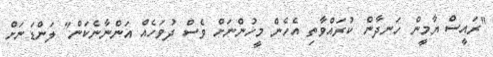
"ރައީސް ޔާމީން ހަނދާން ކުރައްވާތި އެހެން މީހުންނަށް ވެސް ދުވަހެއް އަންނާނެކަން" ލަންޑަނަށް